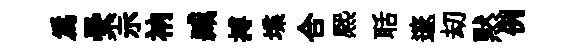
為纍示衲臧搏堞合熈聒邃刧黙例